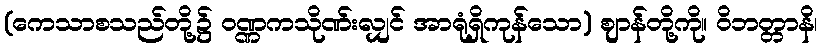
(ကေသာစသည်တို့၌ ဝဏ္ဏကသိုဏ်းလျှင် အာရုံရှိကုန်သော) ဈာန်တို့ကို။ ဝိဘတ္တာနိ၊